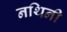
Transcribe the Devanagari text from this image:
नथिनी